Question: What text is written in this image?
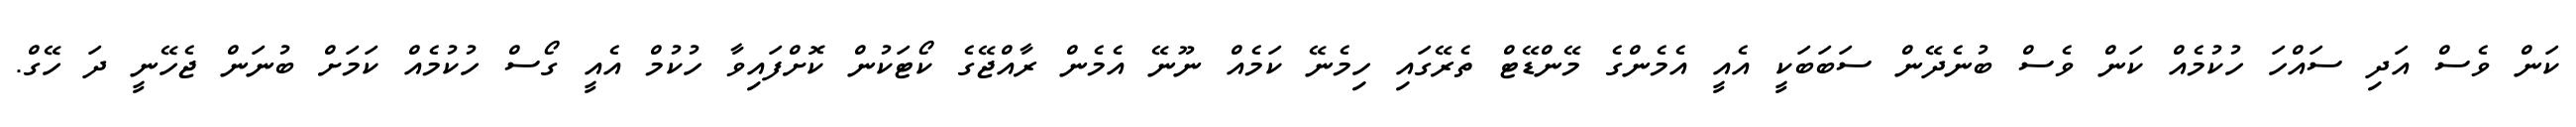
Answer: ކަން ވެސް އަދި ސައްހަ ހުކުމެއް ކަން ވެސް ބުނެދޭން ސަބަބަކީ އެއީ އެމެންގެ މޭންޑޭޓް ތެރޭގައި ހިމެނޭ ކަމެއް ނޫނޭ އެމެން ރާއްޖޭގެ ކޯޓަކުން ކޮށްފައިވާ ހުކުމް އެއީ ގޯސް ހުކުމެއް ކަމަށް ބުނަން ޖެހޭނީ ދަ ހޭގް.